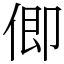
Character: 㑡